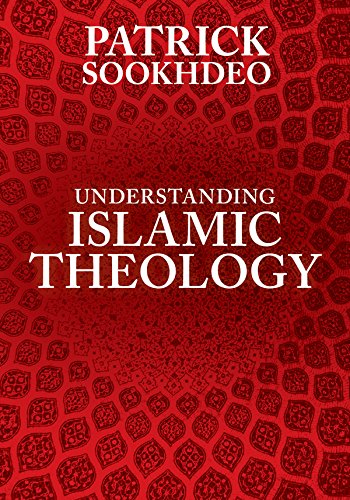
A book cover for Understanding Islamic Theology; Patrick Sookhdeo; Religion & Spirituality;